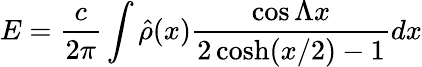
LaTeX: E={\frac{c}{2\pi}}\int\hat{\rho}(x){\frac{\cos\Lambda x}{2\cosh(x/2)-1}}dx